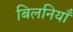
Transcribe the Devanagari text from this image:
बिलनियाँ